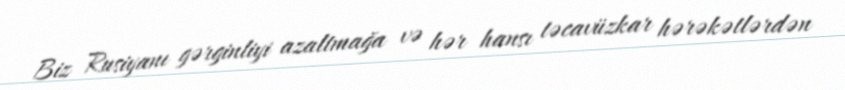
Biz Rusiyanı gərginliyi azaltmağa və hər hansı təcavüzkar hərəkətlərdən